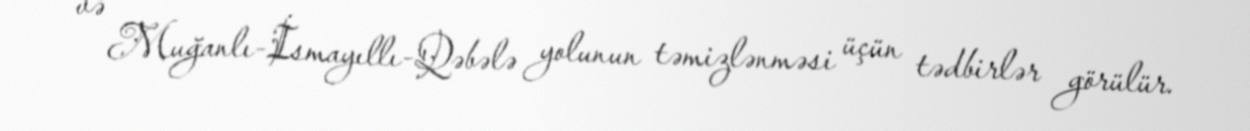
və Muğanlı-İsmayıllı-Qəbələ yolunun təmizlənməsi üçün tədbirlər görülür.